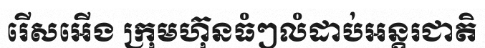
រើសអើង ក្រុមហ៊ុនធំៗលំដាប់អន្តរជាតិ